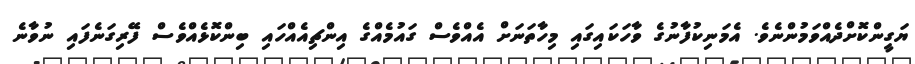
ޔަގީންކޮށްދެއްވަމުންނެވެ. އެމަނިކުފާނުގެ ވާހަކައިގައި މިހާތަނަށް އެއްވެސް ގައުމެއްގެ އިންޗިއެއްހައި ބިންކޮޅެއްވެސް ފޭރިގަނެފައި ނުވާނެ